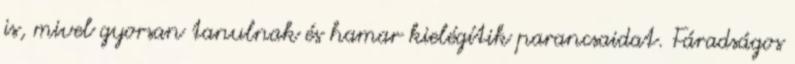
is, mivel gyorsan tanulnak és hamar kielégítik parancsaidat. Fáradságos